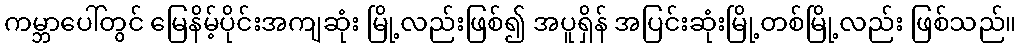
ကမ္ဘာပေါ်တွင် မြေနိမ့်ပိုင်းအကျဆုံး မြို့လည်းဖြစ်၍ အပူရှိန် အပြင်းဆုံးမြို့တစ်မြို့လည်း ဖြစ်သည်။